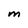
Character: M